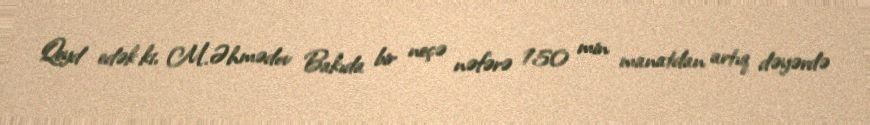
Qeyd edək ki, M.Əhmədov Bakıda bir neçə nəfərə 150 min manatdan artıq dəyərdə